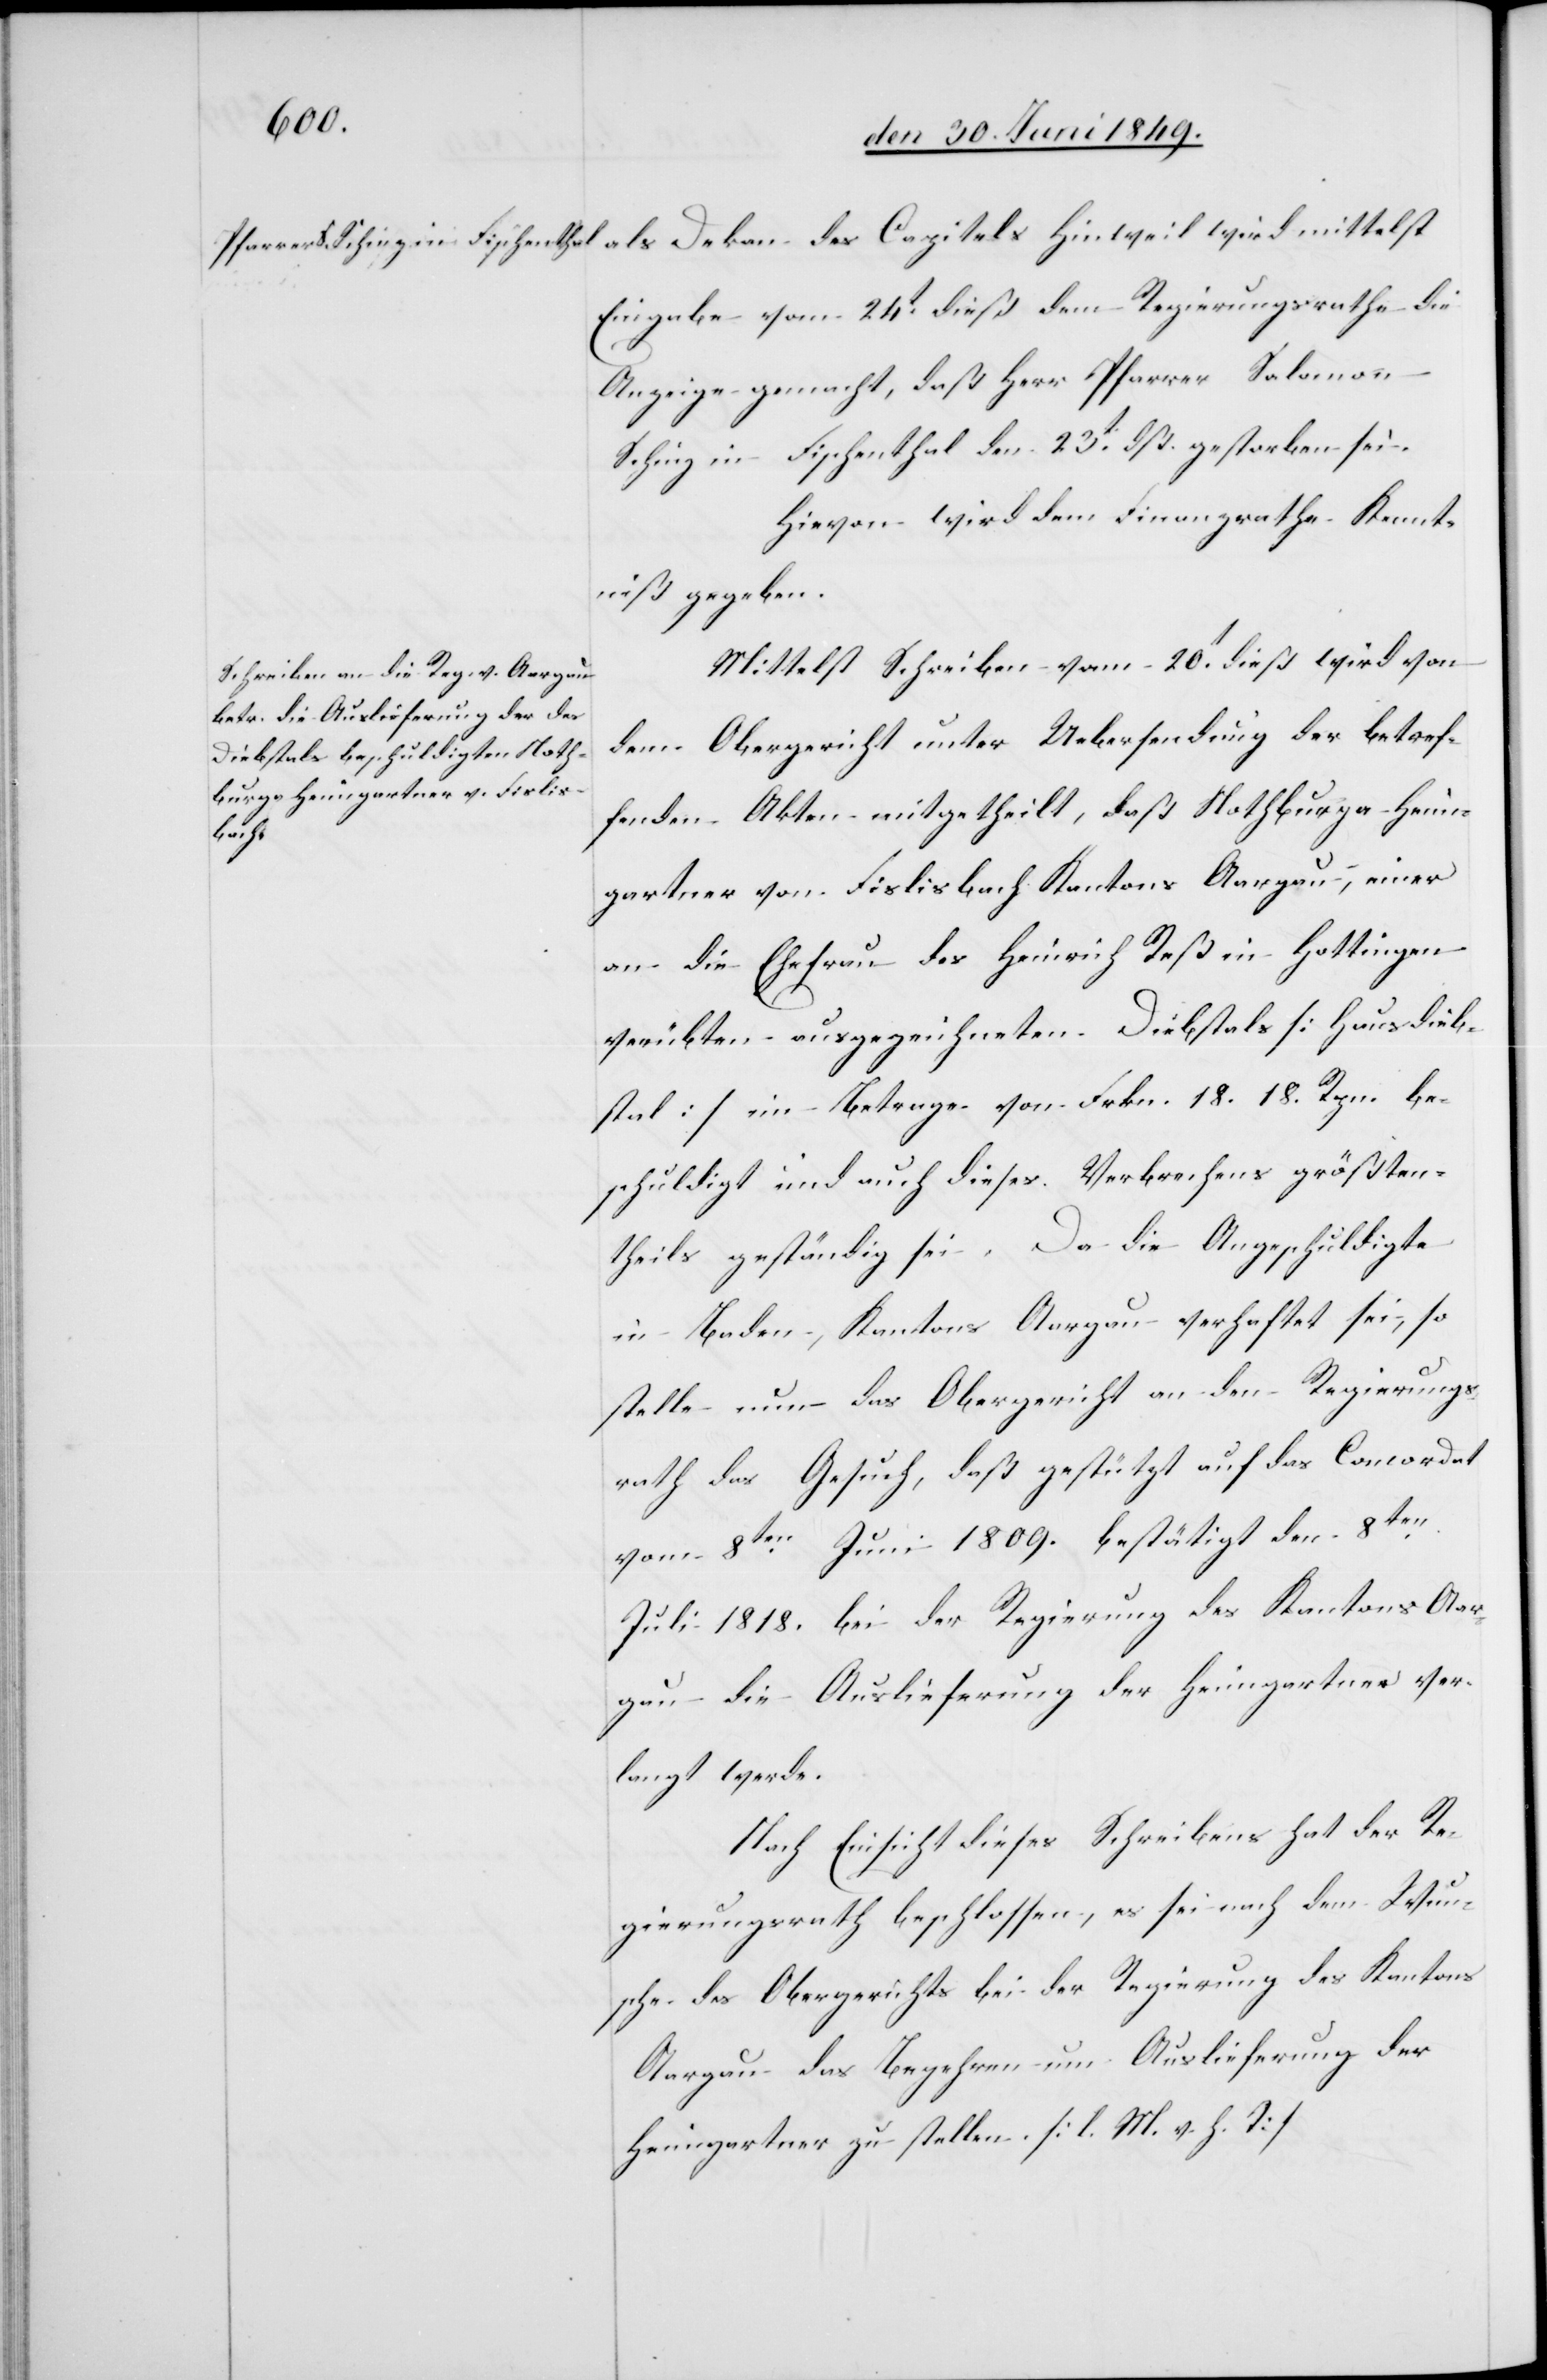
Eingabe vom 24t dieß dem Regierungsrathe die
Anzeige gemacht, daß Herr Pfarrer Salomon
Schinz in Fischenthal den 23t dß. gestorben sei.
Hievon wird dem Finanzrathe Kennt¬
niß gegeben.
Mittelst Schreiben vom 20t dieß wird von
dem Obergericht unter Uebersendung der betref¬
fenden Akten mitgetheilt, daß Nothburga Heim¬
als
gartner von Fislisbach Kantons Aargau, einer
an die Ehefrau des Heinrich Reß in Hottingen
verübten ausgezeichneten Diebstals [Hausdieb¬
stal] im Betrage von Frkn. 18. 18. Rpn. be¬
schuldigt und auch dieses Verbrechens größten¬
theils geständig sei. Da die Angeschuldigte
in Baden, Kantons Aargau verhaftet sei, so
stelle nun das Obergericht an den Regierungs¬
rath das Gesuch, daß gestützt auf das Concordat
vom 8ten Juni 1809. bestätigt den 8ten
Juli 1818. bei der Regierung des Kantons Aar¬
gau die Auslieferung der Heimgartner ver¬
langt werde.
Nach Einsicht dieses Schreibens hat der Re¬
gierungsrath beschlossen, es sei nach dem Wun¬
sche des Obergerichts bei der Regierung des Kantons
Aargau das Begehren um Auslieferung der
Heimgartner zu stellen. [l. M. h. T]